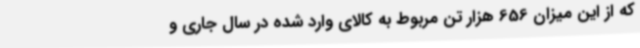
که از این میزان 656 هزار تن مربوط به کالای وارد شده در سال جاری و